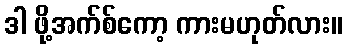
ဒါ ဖို့အက်စ်ကော့ ကားမဟုတ်လား။